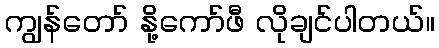
ကျွန်တော် နို့ကော်ဖီ လိုချင်ပါတယ်။